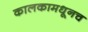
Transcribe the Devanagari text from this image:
कालकामधूनच